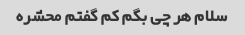
سلام هر چی بگم کم گفتم محشره